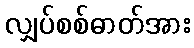
လျှပ်စစ်ဓာတ်အား